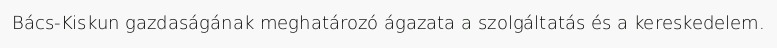
Bács-Kiskun gazdaságának meghatározó ágazata a szolgáltatás és a kereskedelem.